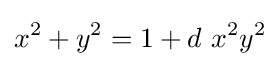
x^{2}+y^{2}=1+d\ x^{2}y^{2}